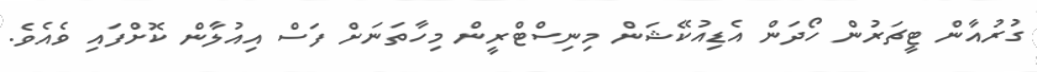
ގުރުއާން ޓީޗަރުން ހޯދަން އެޑިއުކޭޝަން މިނިސްޓްރީން މިހާތަނަށް ފަސް އިއުލާން ކޮށްފައި ވެއެވެ.